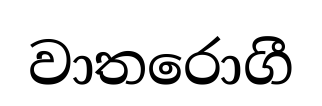
වාතරොගී